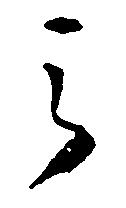
之